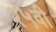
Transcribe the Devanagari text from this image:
२५वी